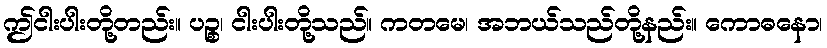
ဤငါးပါးတို့တည်း။ ပဉ္စ၊ ငါးပါးတို့သည်။ ကတမေ၊ အဘယ်သည်တို့နည်း။ ကောဓနော၊